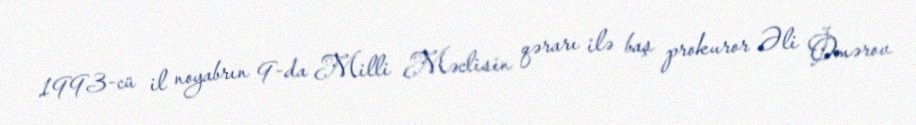
1993-cü il noyabrın 9-da Milli Məclisin qərarı ilə baş prokuror Əli Ömərov